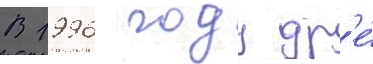
В 1996 году др'е́